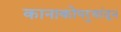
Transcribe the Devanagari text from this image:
कानाकोपर्‍यांतून